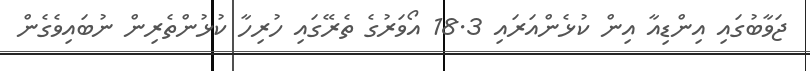
ޖަވާބުގައި އިންޑިއާ އިން ކުޅެންއަރައި 18.3 އޯވަރުގެ ތެރޭގައި ހުރިހާ ކުޅުންތެރިން ނުބައިވެގެން